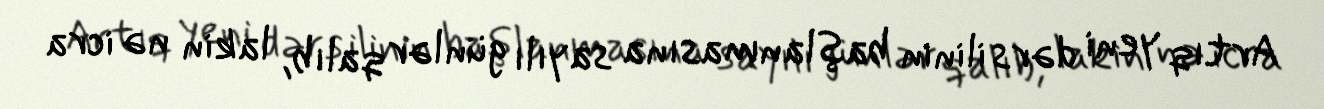
Artıq yeni dərs ilinin başlanmasına sayılı günlər qalıb, lakin nə icra